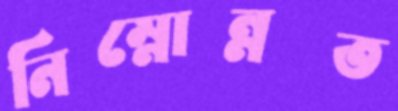
নিম্নোন্নত